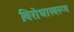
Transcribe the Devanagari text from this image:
विरोधास्वरूप